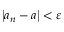
\left\vert a _ { n } - a \right\vert < \varepsilon